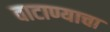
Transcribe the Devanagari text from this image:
वाटाण्याचा